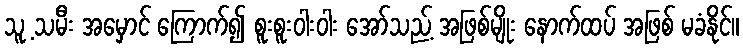
သူ့ သမီး အမှောင် ကြောက်၍ စူးစူးဝါးဝါး အော်သည့် အဖြစ်မျိုး နောက်ထပ် အဖြစ် မခံနိုင်။